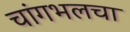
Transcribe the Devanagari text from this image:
चांगभलचा